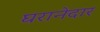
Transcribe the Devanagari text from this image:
घरानेदार